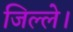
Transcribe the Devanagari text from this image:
जिल्ले।